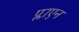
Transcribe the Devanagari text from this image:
प्लाएन